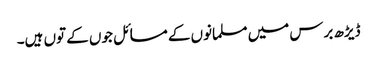
ڈیڑھ برس میں مسلمانوں کے مسائل جوں کے توں ہیں۔